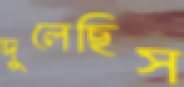
দুলেছিস